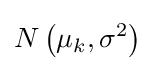
N\left(\mu _{k},\sigma ^{2}\right)